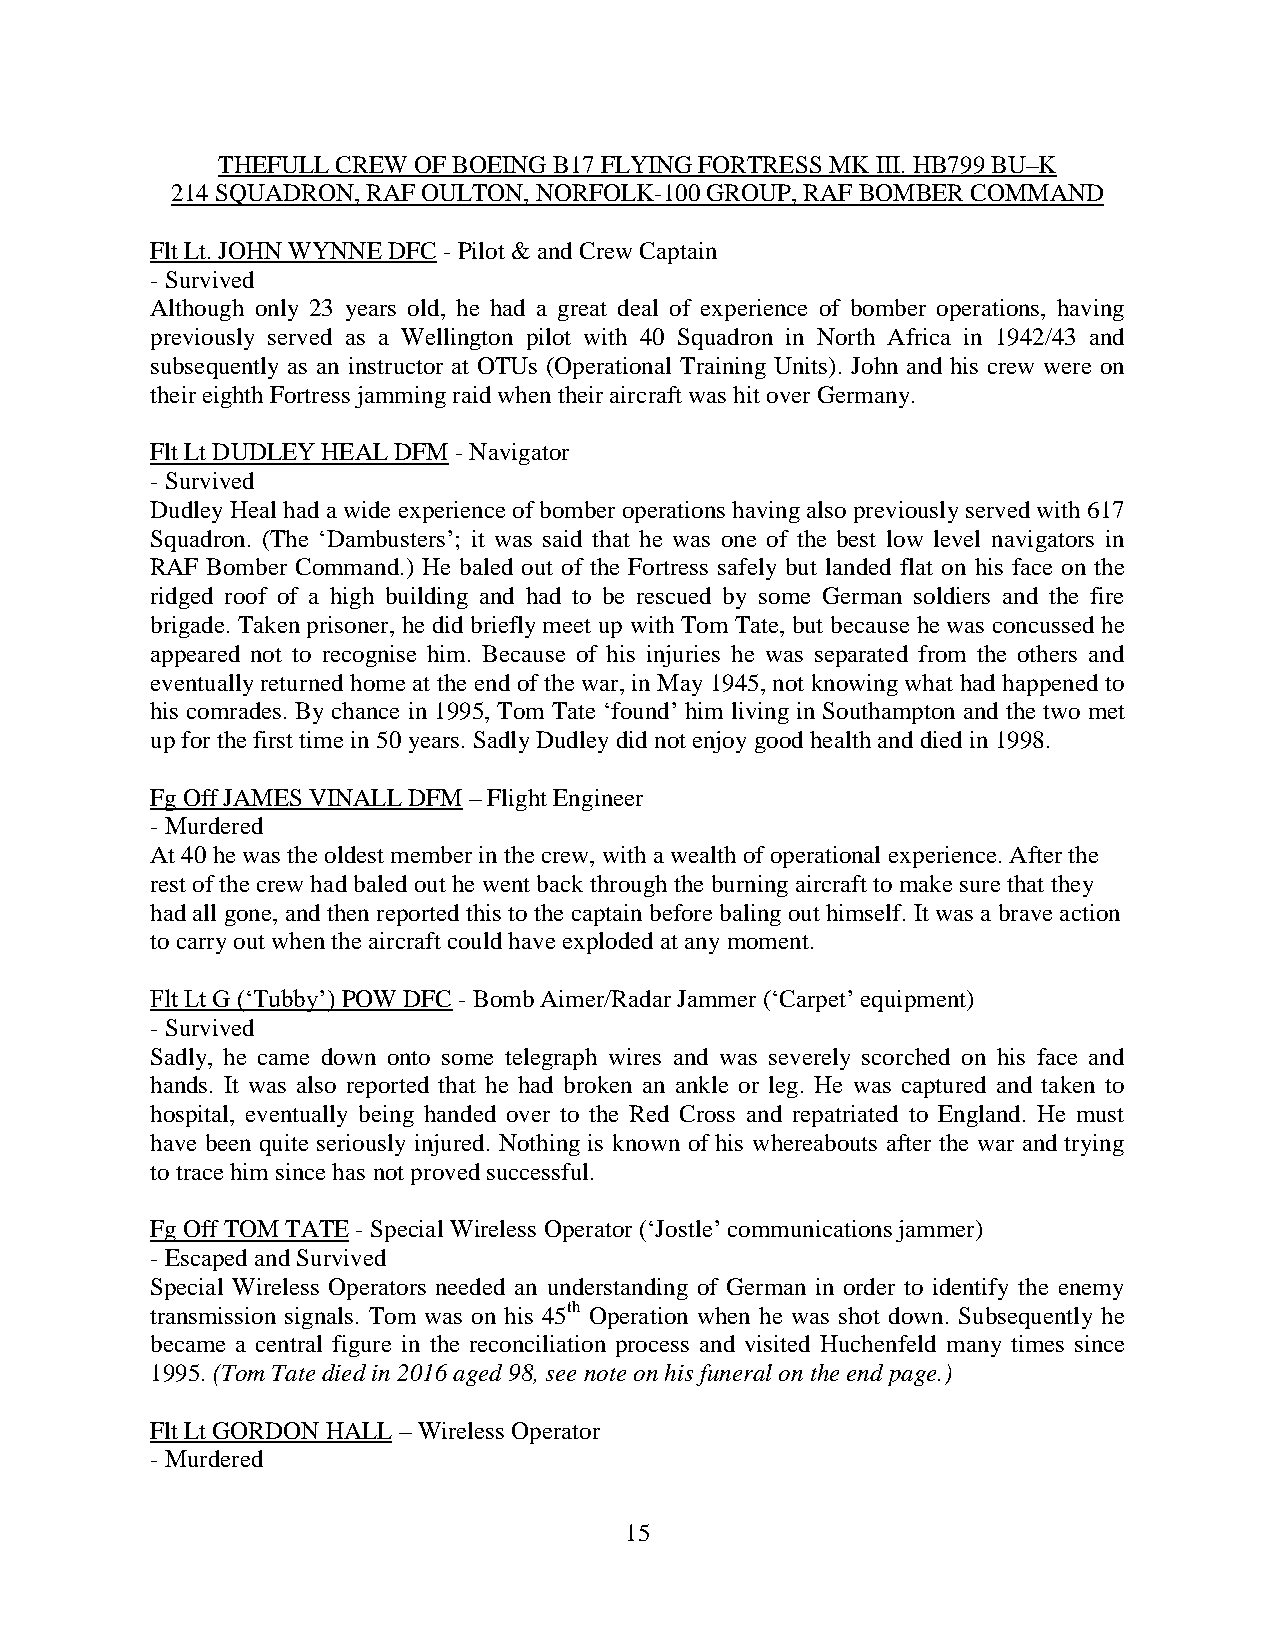
THEFULL CREW OF BOEING B17 FLYING FORTRESS MK III. HB799 BU–K
 214 SQUADRON, RAF OULTON, NORFOLK-100 GROUP, RAF BOMBER COMMAND
 Flt Lt. JOHN WYNNE DFC - Pilot & and Crew Captain
 - Survived
 Although only 23 years old, he had a great deal of experience of bomber operations, having
 previously served as a Wellington pilot with 40 Squadron in North Africa in 1942/43 and
 subsequently as an instructor at OTUs (Operational Training Units). John and his crew were on
 their eighth Fortress jamming raid when their aircraft was hit over Germany.
 Flt Lt DUDLEY HEAL DFM - Navigator
 - Survived
 Dudley Heal had a wide experience of bomber operations having also previously served with 617
 Squadron. (The ‘Dambusters’; it was said that he was one of the best low level navigators in
 RAF Bomber Command.) He baled out of the Fortress safely but landed flat on his face on the
 ridged roof of a high building and had to be rescued by some German soldiers and the fire
 brigade. Taken prisoner, he did briefly meet up with Tom Tate, but because he was concussed he
 appeared not to recognise him. Because of his injuries he was separated from the others and
 eventually returned home at the end of the war, in May 1945, not knowing what had happened to
 his comrades. By chance in 1995, Tom Tate ‘found’ him living in Southampton and the two met
 up for the first time in 50 years. Sadly Dudley did not enjoy good health and died in 1998.
 Fg Off JAMES VINALL DFM – Flight Engineer
 - Murdered
 At 40 he was the oldest member in the crew, with a wealth of operational experience. After the
 rest of the crew had baled out he went back through the burning aircraft to make sure that they
 had all gone, and then reported this to the captain before baling out himself. It was a brave action
 to carry out when the aircraft could have exploded at any moment.
 Flt Lt G (‘Tubby’) POW DFC - Bomb Aimer/Radar Jammer (‘Carpet’ equipment)
 - Survived
 Sadly, he came down onto some telegraph wires and was severely scorched on his face and
 hands. It was also reported that he had broken an ankle or leg. He was captured and taken to
 hospital, eventually being handed over to the Red Cross and repatriated to England. He must
 have been quite seriously injured. Nothing is known of his whereabouts after the war and trying
 to trace him since has not proved successful.
 Fg Off TOM TATE - Special Wireless Operator (‘Jostle’ communications jammer)
 - Escaped and Survived
 Special Wireless Operators needed an understanding of German in order to identify the enemy
 transmission signals. Tom was on his 45th Operation when he was shot down. Subsequently he
 became a central figure in the reconciliation process and visited Huchenfeld many times since
 1995. (Tom Tate died in 2016 aged 98, see note on his funeral on the end page.)
 Flt Lt GORDON HALL – Wireless Operator
 - Murdered
 15